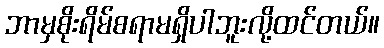
ဘာမှစိုးရိမ်စရာမရှိပါဘူးလို့ထင်တယ်။